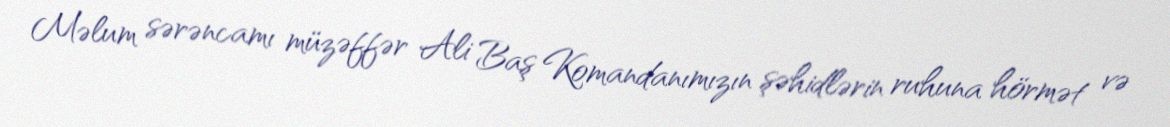
Məlum sərəncamı müzəffər Ali Baş Komandanımızın şəhidlərin ruhuna hörmət və